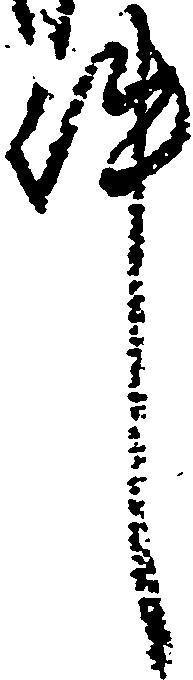
件